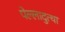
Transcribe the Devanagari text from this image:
पेल्लादुत्था